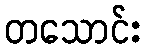
တသောင်း